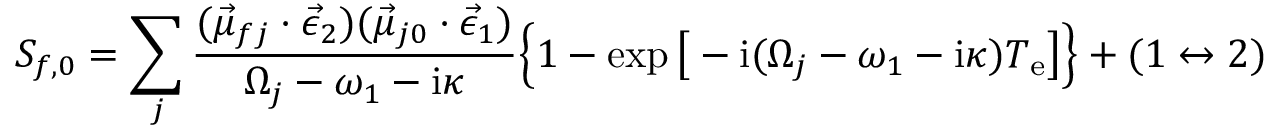
S _ { f , 0 } = \sum _ { j } \frac { ( \vec { \mu } _ { f j } \cdot \vec { \epsilon } _ { 2 } ) ( \vec { \mu } _ { j 0 } \cdot \vec { \epsilon } _ { 1 } ) } { \Omega _ { j } - \omega _ { 1 } - \mathrm { i } \kappa } \Big \{ 1 - \exp \big [ - \mathrm { i } ( \Omega _ { j } - \omega _ { 1 } - \mathrm { i } \kappa ) T _ { \mathrm { e } } \big ] \Big \} + ( 1 \leftrightarrow 2 )